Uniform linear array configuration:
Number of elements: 24
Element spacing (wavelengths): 0.75
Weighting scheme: kaiser
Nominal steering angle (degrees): -15
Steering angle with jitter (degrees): -14.573
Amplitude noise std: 0.05
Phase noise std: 0.05

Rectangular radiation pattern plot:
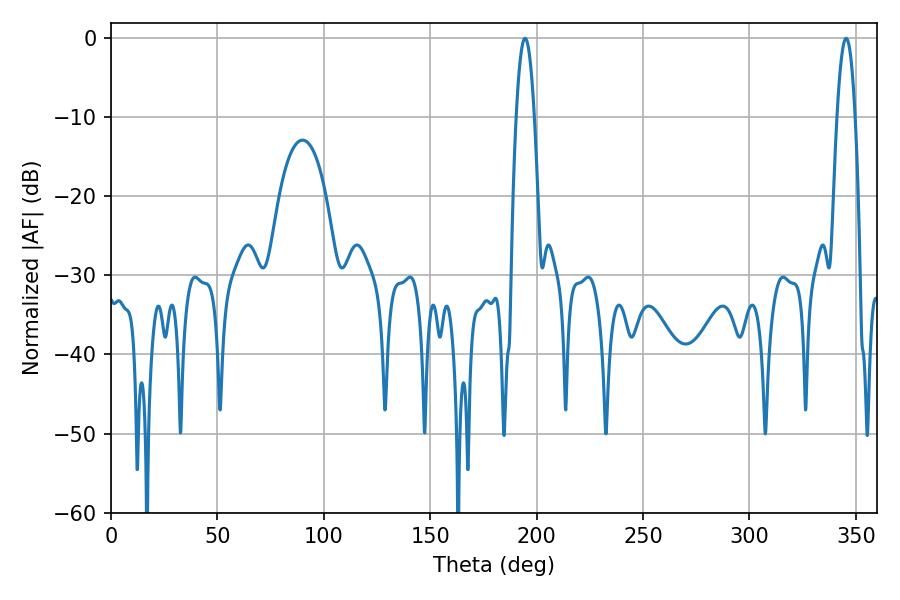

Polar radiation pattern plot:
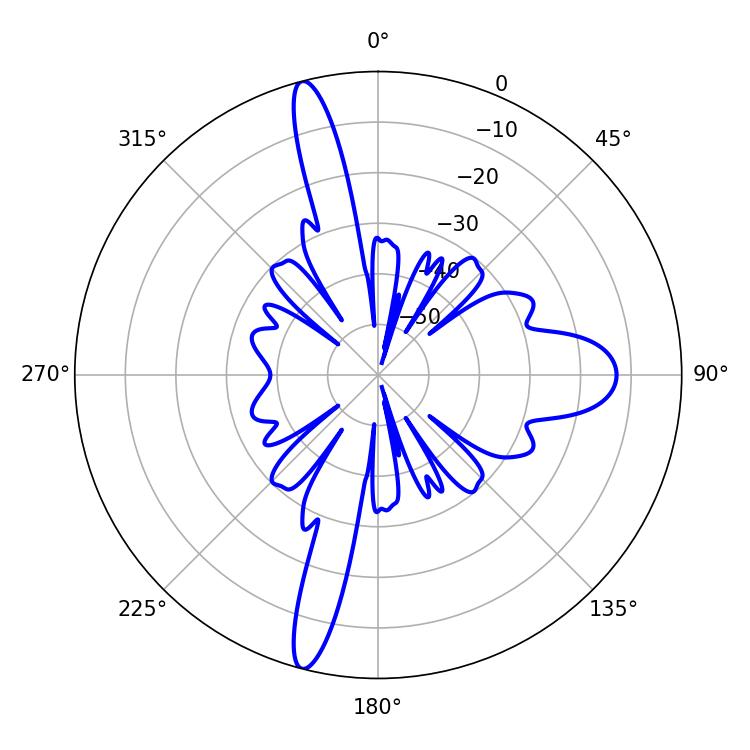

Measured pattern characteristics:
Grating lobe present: TRUE
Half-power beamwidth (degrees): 4.68
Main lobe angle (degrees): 194.58